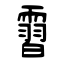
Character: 霫